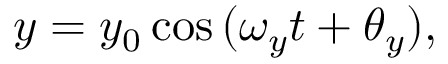
y = y _ { 0 } \cos { ( \omega _ { y } t + \theta _ { y } ) } ,